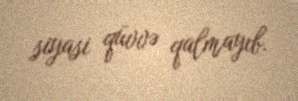
siyasi qüvvə qalmayıb.